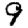
Digit: 9